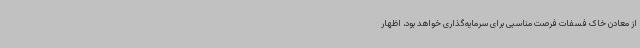
از معادن خاک فسفات فرصت مناسبی برای سرمایه‌گذاری خواهد بود، اظهار